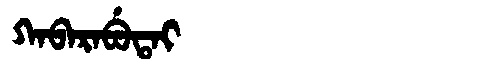
Manchu: ᡴᠠᠪᠠᡵᠠᠪᡠᡨᠠᡳ
Romanization: KABARABUTAI